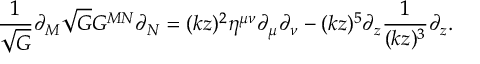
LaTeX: \frac { 1 } { \sqrt { G } } \partial _ { M } \sqrt { G } G ^ { M N } \partial _ { N } = ( k z ) ^ { 2 } \eta ^ { \mu \nu } \partial _ { \mu } \partial _ { \nu } - ( k z ) ^ { 5 } \partial _ { z } \frac { 1 } { ( k z ) ^ { 3 } } \partial _ { z } .